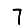
Digit: 7